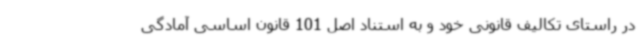
در راستای تکالیف قانونی خود و به استناد اصل 101 قانون اساسی آمادگی